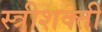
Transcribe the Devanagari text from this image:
स्त्रीशक्ती